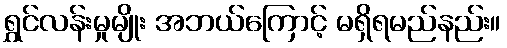
ရွှင်လန်းမှုမျိုး အဘယ်ကြောင့် မရှိရမည်နည်း။